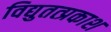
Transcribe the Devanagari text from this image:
विद्युतत्प्रकाश